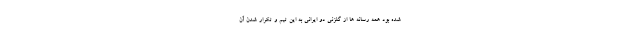
شده بود همه رسانه ها از گلزنی دو ایرانی به این تیم و تکرار شدن آن